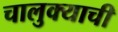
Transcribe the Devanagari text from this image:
चालुक्याची